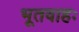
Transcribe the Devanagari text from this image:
भूतवाहः